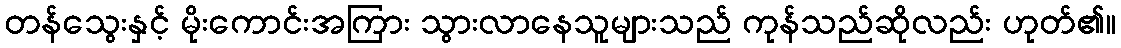
တန်သွေးနှင့် မိုးကောင်းအကြား သွားလာနေသူများသည် ကုန်သည်ဆိုလည်း ဟုတ်၏။